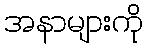
အနာများကို